system: You are a helpful assistant.
user:
Analyze the provided spectrum to determine if it is a **M-type Giant (gM)**.

A M-type Giant spectrum is defined by its **strong molecular absorption** features, particularly from **Titanium Oxide (TiO)**. You must check for one of the following mutually exclusive signatures:

- **Key Visual Indicators (Absorption-Dominated Spectrum):**

    - **(Primary):** The spectrum is dominated by strong molecular absorption from **Titanium Oxide (TiO)**. This is the **defining feature** of its M-type temperature class.
        - **(Key Bandheads):** Look for sharp, "saw-tooth" absorption valleys. The strongest are located near **~7050 Å**, **~6160 Å**, and **~5170 Å**.
        - **(Line Profile):** The "saw-tooth" morphology is critical: a **sharp, steep drop on the BLUE (short-wavelength) side** of the bandhead, followed by a gradual recovery (rising flux) towards the RED (long-wavelength) side.

    - **(Key Confirmation - Giant vs. Dwarf):** **ABSENCE** of strong **Calcium Hydride (CaH)** molecular bands. This is the primary diagnostic for *excluding* M-dwarfs.
        - **(Key Region):** The spectrum should lack the strong, broad absorption band seen in dwarfs between **~6800 Å and ~7000 Å**.

    - **(Secondary Confirmation - Giant):** A very strong and broad **Neutral Calcium (Ca I)** atomic absorption line.
        - **(Key Line):** Located at **~4226 Å**. In a giant (gM), this line is significantly deeper and broader than the same line in an M-dwarf (dM) due to low surface gravity.

    - **(Overall Spectrum):**
        - The continuum is **extremely red-sloping** (i.e., flux is very low in the blue and rises dramatically towards the red).
        - The entire spectrum appears "chopped up" by the deep TiO bands.

Think first, call **spectral_visualization_tool** if needed to examine features in detail, then provide your final answer. Your response must adhere to the following strict rules:
1.  **Overall Structure:** Your response must follow the format `<think>...</think> <tool_call>...</tool_call> (if a tool is used) <answer>...</answer>`.
2.  **Tool Usage Constraint:** You may only make **one** tool call per turn.
3.  **Final Answer Format:** In the `<answer>` tag, your conclusion must be inside a `\boxed{}` command (e.g., `\boxed{YES}` or `\boxed{NO}`), followed by your justification.

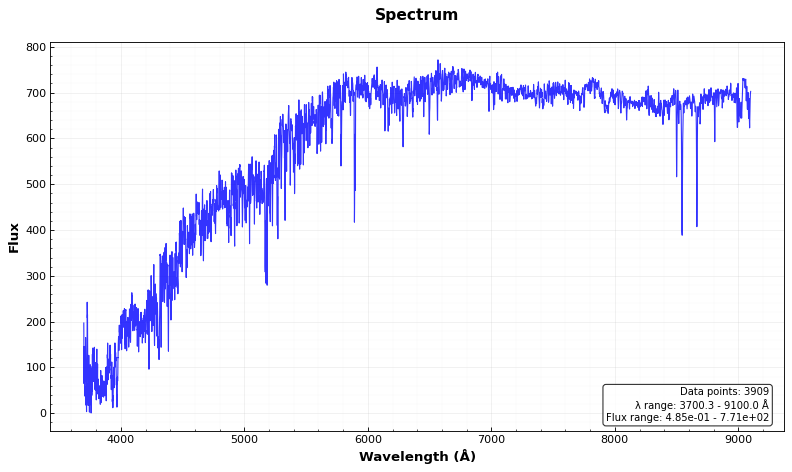
Answer: NO